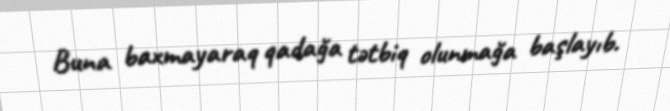
Buna baxmayaraq qadağa tətbiq olunmağa başlayıb.